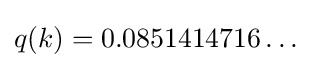
q(k)=0.0851414716\dots